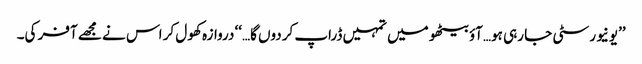
’’یونیورسٹی جا رہی ہو…آؤ بیٹھو میں تمہیں ڈراپ کردوں گا…‘‘ دروازہ کھول کر اس نے مجھے آفر کی۔